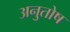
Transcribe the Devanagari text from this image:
अनुुतोष